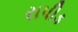
રાપીડ